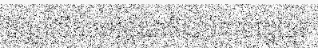
ប័ណ្ណបើកបរអន្តរជាតិដល់ពលរដ្ឋខ្មែរ